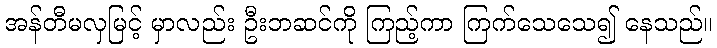
အန်တီမလှမြင့် မှာလည်း ဦးဘဆင်ကို ကြည့်ကာ ကြက်သေသေ၍ နေသည်။